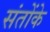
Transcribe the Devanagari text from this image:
संतोंके